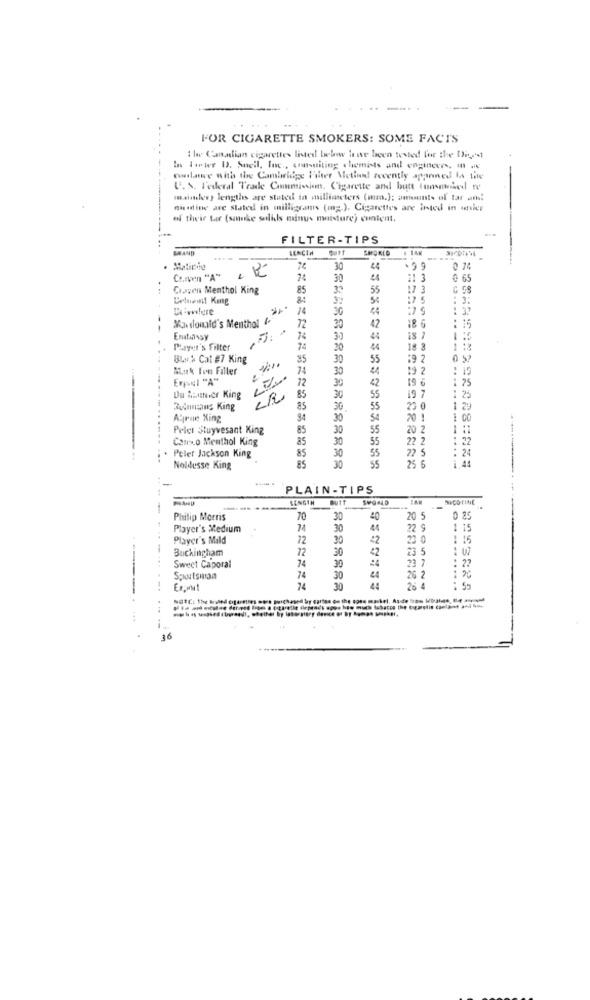
FOR CIGARETTE SMOKERS: SOME FACTS
1 le Canadian cigarettes listed below have been tested for the Diyet
In twee D. Snell, Inc ., consuiting chemists and engineers. m .
colase with the Cambridge Filter Metinal recently appointed to the
U. S. Federal Trade Commission, Cigarette and butt (unsowied fe
maiales ) lengths are stated in militareters (man.); ammints of tar an!
nivadine are stated in milligrams (mg ), Cigarettes are inted in avier
of their tar (smoke salils minus moisture) content.
FILTER-TIPS
BRAND
LENGTH
Matipie
30
44
.99
Cr.men "A"
30
44
11 3
@ 65
Crayon Menthol King
85
55
17 3
84
32
: 3:
Divilere
14
44
17 9
Masdonald's Menthal ( "
: 15
72
30
42
18 6
Ematinssy
74
30
44
is 7
Player's Filter
74
20
18 3
BLIA Cat #7 King
35
30
55
:9 2
52
e
Muk Ion Filler
24
30
19 2
15
Ersel "A"
12
30
42
75
19
: 25
Du Rsithecr King
85
30
Romans King
85
30
23
Atrae Xing
94
30
54
20
--.
Pelet Stuyvesant King
85
30
55
20:
Canso Menthol King
85
30
55
22
85
30
55
22 5
: 24
Peter Jackson King
30
55
25 6
1.45
Noldusse King
85
PLAIN-TIPS
LENGTH QUIT SPO-4D :AM
NICOTINE
Philip Morris
70
30
40
20 5
Player's Medium
74
30
44
22
11
Player's Mild
72
30
42
30
Buckingham
72
30
42
23
..
W
--
74
30
23 7
22
Sweet Caporal
Spoutsmiaa
74
30
44
26. 2
Ex.wwt
30
26 4
..